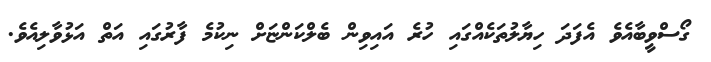
ގޯސްވީބާއެވެ އެފަދަ ހިޔާލުތަކެއްގައި ހުރެ އައިވިން ބެލްކަންޏަށް ނިކުމެ ފާރުގައި އަތް އަޅުވާލިއެވެ.